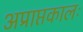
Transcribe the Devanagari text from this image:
अप्राप्तकालः